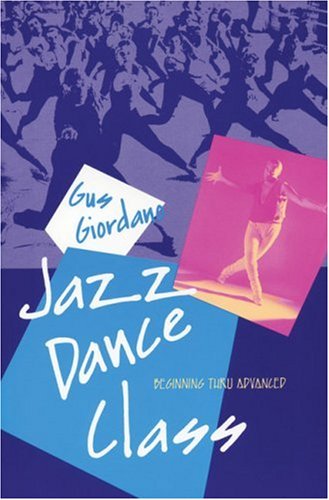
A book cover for Jazz Dance Class: Beginning thru Advanced (Dance Horizons Book); Gus Giordano; Humor & Entertainment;